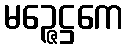
မဉ္ဇေဋ္ဌကေ